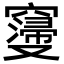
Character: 𮄝